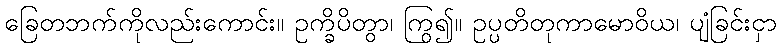
ခြေတဘက်ကိုလည်းကောင်း။ ဥက္ခိပိတွာ၊ ကြွ၍။ ဥပ္ပတိတုကာမောဝိယ၊ ပျံခြင်းငှာ